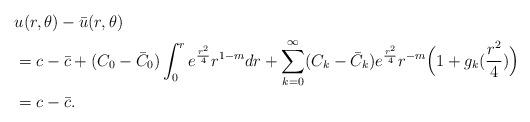
LaTeX: \begin{align*}&u(r,\theta)-\bar u(r, \theta)\\&=c-\bar c+(C_0-\bar C_0)\int^r_0e^{\frac{r^2}{4}}r^{1-m}dr +\sum_{k=0}^{\infty} (C_k-\bar C_k)e^{\frac{r^2}{4}}r^{-m}\Big(1+g_k(\frac{r^2}{4})\Big)\\&=c-\bar c.\end{align*}